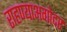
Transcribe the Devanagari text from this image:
राहण्याअगोदर